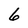
Character: 6